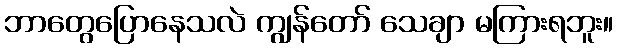
ဘာတွေပြောနေသလဲ ကျွန်တော် သေချာ မကြားရဘူး။